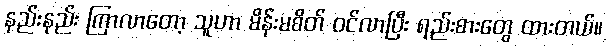
နည်းနည်း ကြာလာတော့ သူဟာ မိန်းမစိတ် ဝင်လာပြီး ရည်းစားတွေ ထားတယ်။